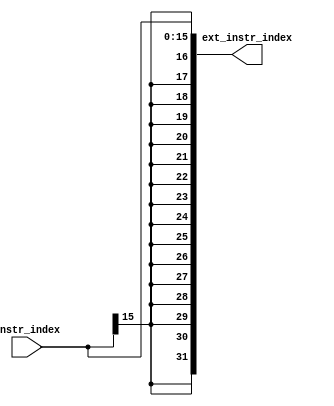
`timescale 1ns / 1ps

module extender(
    input [15:0] instr_index,
    output [31:0] ext_instr_index
    );
    assign ext_instr_index = {{16{instr_index[15]}}, instr_index};
endmodule